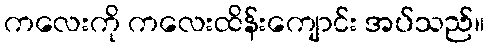
ကလေးကို ကလေးထိန်းကျောင်း အပ်သည်။